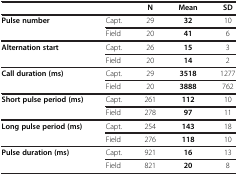
<table><thead><tr><td colspan="2"><b> </b></td><td><b>N</b></td><td><b>Mean</b></td><td><b>SD</b></td></tr></thead><tbody><tr><td rowspan="2"><b>Pulse number</b></td><td>Capt.</td><td>29</td><td><b>32</b></td><td>10</td></tr><tr><td>Field</td><td>20</td><td><b>41</b></td><td>6</td></tr><tr><td rowspan="2"><b>Alternation start</b></td><td>Capt.</td><td>26</td><td><b>15</b></td><td>3</td></tr><tr><td>Field</td><td>20</td><td><b>14</b></td><td>2</td></tr><tr><td rowspan="2"><b>Call duration (ms)</b></td><td>Capt.</td><td>29</td><td><b>3518</b></td><td>1277</td></tr><tr><td>Field</td><td>20</td><td><b>3888</b></td><td>762</td></tr><tr><td rowspan="2"><b>Short pulse period (ms)</b></td><td>Capt.</td><td>261</td><td><b>112</b></td><td>10</td></tr><tr><td>Field</td><td>278</td><td><b>97</b></td><td>11</td></tr><tr><td rowspan="2"><b>Long pulse period (ms)</b></td><td>Capt.</td><td>254</td><td><b>143</b></td><td>18</td></tr><tr><td>Field</td><td>276</td><td><b>118</b></td><td>10</td></tr><tr><td rowspan="2"><b>Pulse duration (ms)</b></td><td>Capt.</td><td>921</td><td><b>16</b></td><td>13</td></tr><tr><td>Field</td><td>821</td><td><b>20</b></td><td>8</td></tr></tbody></table>